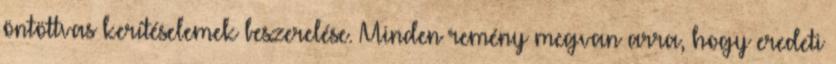
öntöttvas kerítéselemek beszerelése. Minden remény megvan arra, hogy eredeti